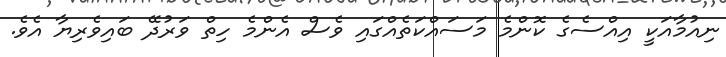
ނިއުމާއަކީ އިއްސެގެ ކޮންމެ މަސައްކަތެއްގައި ވެސް އެންމެ ހިތް ވަރުދޭ ބައިވެރިޔާ އެވެ.